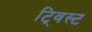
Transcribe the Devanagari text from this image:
टि्वस्ट